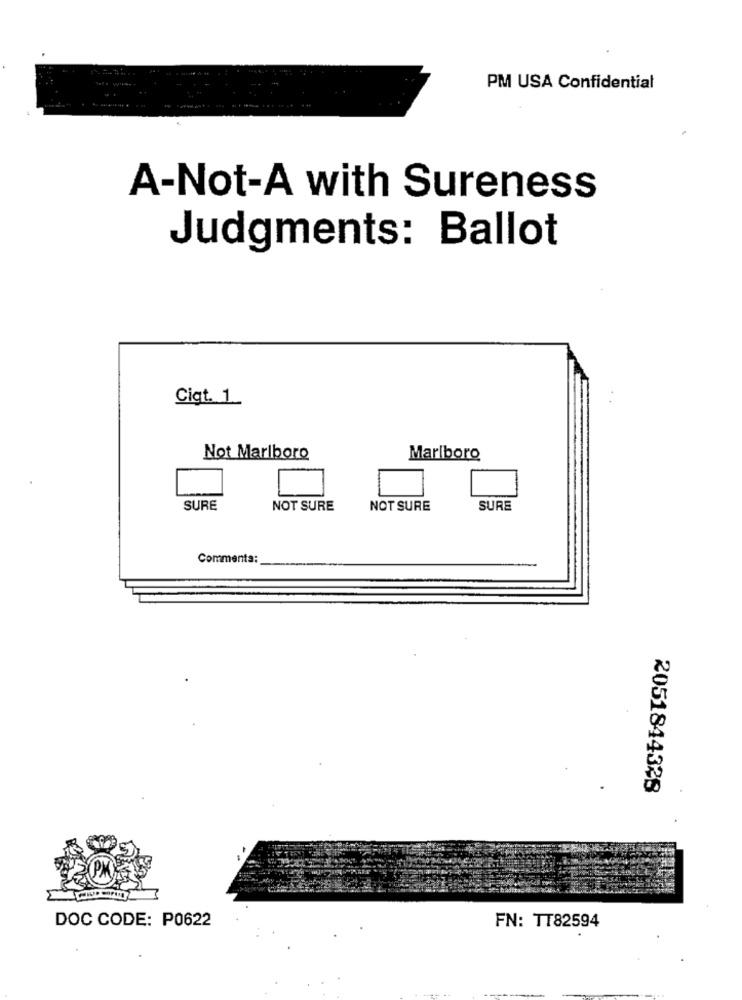
PM USA Confidential
A-Not-A with Sureness
Judgments: Ballot
Cigt. 1.
Not Marlboro
Marlboro
SURE
NOT SURE
NOT SURE
SURE
Commenta:
2051844328
DOC CODE: P0622
FN: TT82594